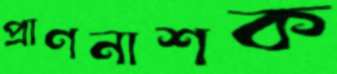
প্রাণনাশক